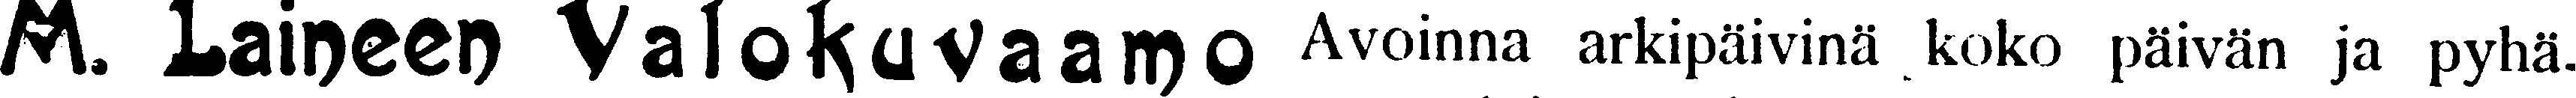
M. Laineen Valokuvaamo Avoinna arkipäivinä koko päivän ja pyhä.